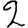
Digit: 2